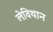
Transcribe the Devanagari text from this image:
लेविथान